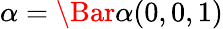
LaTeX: \alpha=\Bar{\alpha}(0,0,1)